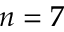
n = 7